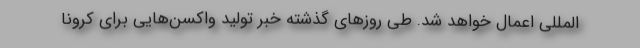
المللی اعمال خواهد شد. طی روزهای گذشته خبر تولید واکسن‌هایی برای کرونا